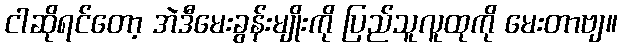
ငါဆိုရင်တော့ အဲဒီမေးခွန်းမျိုးကို ပြည်သူလူထုကို မေးတာဗျ။